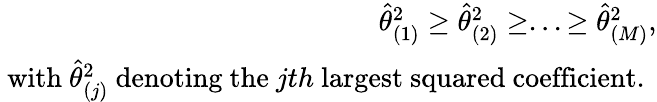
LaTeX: \begin{array}{r}{\widehat{\theta}_{(1)}^{2}\geq\widehat{\theta}_{(2)}^{2}\geq...\geq\widehat{\theta}_{(M)}^{2},}\\ {\mathrm{~with~}\widehat{\theta}_{(j)}^{2}\mathrm{~denoting~the~}jth\mathrm{~largest~squared~coefficient.~}}\end{array}